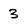
Character: 3